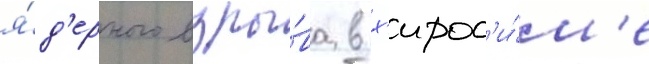
я́д'ерного взры́ва в х'ирос'и́м'е